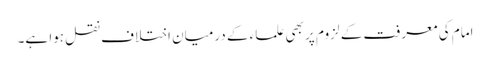
امام کی معرفت کے لزوم پر بھی علماء کے درمیان اختلاف نقل ہوا ہے۔